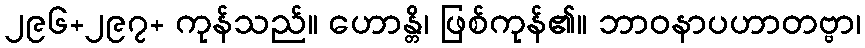
၂၉၆+၂၉၇+ ကုန်သည်။ ဟောန္တိ၊ ဖြစ်ကုန်၏။ ဘာဝနာပဟာတဗ္ဗာ၊